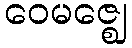
ဝေမဇ္ဈေ